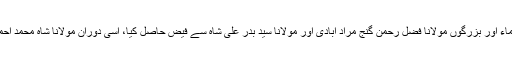
مولانا حکیم اختر نے ابتدا ء میں جید علماء اور بزرگوں مولانا فضل رحمن گنج مراد آبادی اور مولانا سیّد بدر علی شاہ سے فیض حاصل کیا، اسی دوران مولانا شاہ محمد احمد پرتاب گڑھی سے خلافت حاصل کی۔